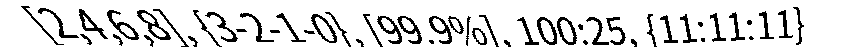
[2,4,6,8], {3-2-1-0}, [99.9%], 100:25, {11:11:11}